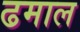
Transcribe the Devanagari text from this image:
ढमाल